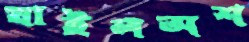
যাইলঅশ